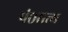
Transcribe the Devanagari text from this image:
पं०सत्य